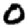
Digit: 0